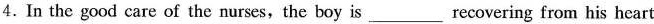
4.In the good care of the nurses,the boy is ___ recovering from his heart